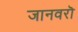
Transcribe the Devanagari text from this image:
जानवरॊ